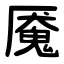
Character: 魇